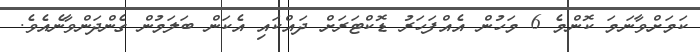
ކަމަށްވާނަމަ ކޮންމެ 6 މަހުން އެއްފަހަރު ޑޮކްޓަރަށް ދައްކައި އެކަން ބަލަމުން ގެންދަންވާނެއެވެ.